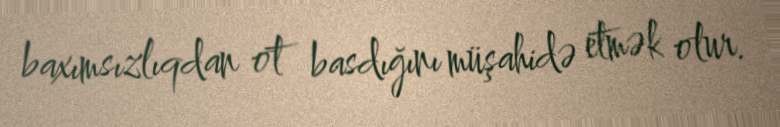
baxımsızlıqdan ot basdığını müşahidə etmək olur.